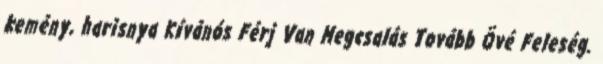
kemény, harisnya Kívánós Férj Van Megcsalás Tovább Övé Feleség.